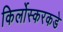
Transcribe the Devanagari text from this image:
किर्लोस्करकडे